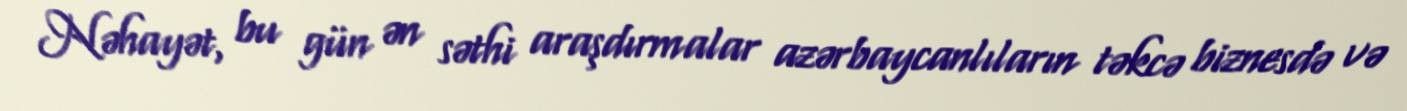
Nəhayət, bu gün ən səthi araşdırmalar azərbaycanlıların təkcə biznesdə və